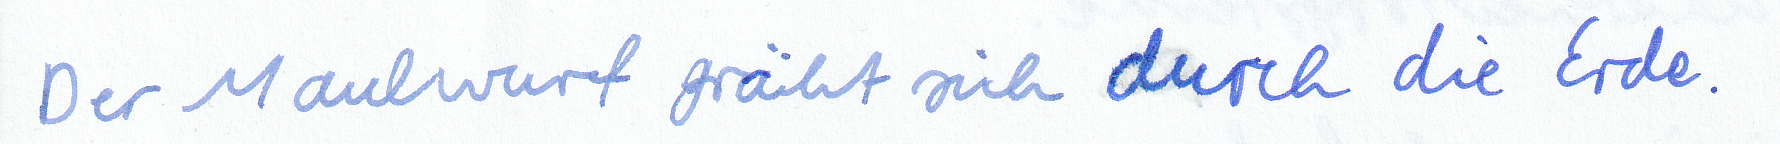
Der Maulwurf gräbt sich durch die Erde.